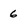
Character: 6